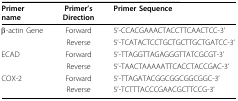
| Primer name | Primer's Direction | Primer Sequence |
 | --- | --- | --- |
 | β-actin Gene | Forward | 5'-CCACGAAACTACCTTCAACTCC-3' |
 |  | Reverse | 5'-TCATACTCCTGCTGCTTGCTGATCC-3' |
 | ECAD | Forward | 5'-TTAGGTTAGAGGGTTATCGCGT-3' |
 |  | Reverse | 5'-TAACTAAAAATTCACCTACCGAC-3' |
 | COX-2 | Forward | 5'-TTAGATACGGCGGCGGCGGC-3' |
 |  | Reverse | 5'-TCTTTACCCGAACGCTTCCG-3' |